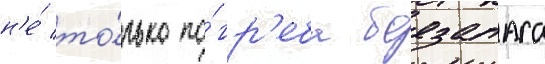
н'е́ то́лько по́гр'еба боезапаса